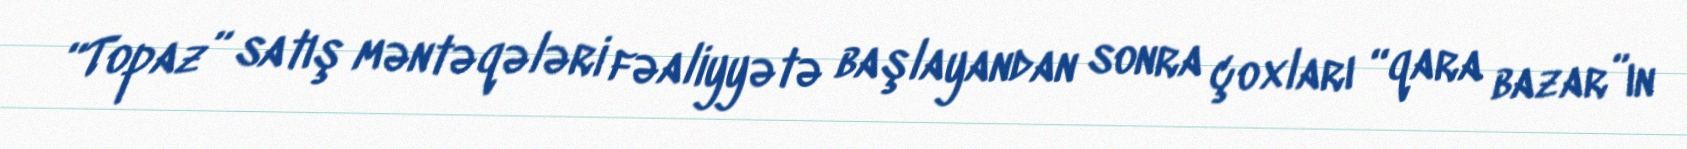
“Topaz” satış məntəqələri fəaliyyətə başlayandan sonra çoxları “qara bazar”ın